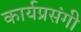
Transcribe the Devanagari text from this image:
कार्यप्रसंगी